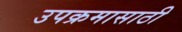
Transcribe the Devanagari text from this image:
उपक्रमासाठी